Vaccination in Burma 1912-1922 - 1912-1922
Year: 1912
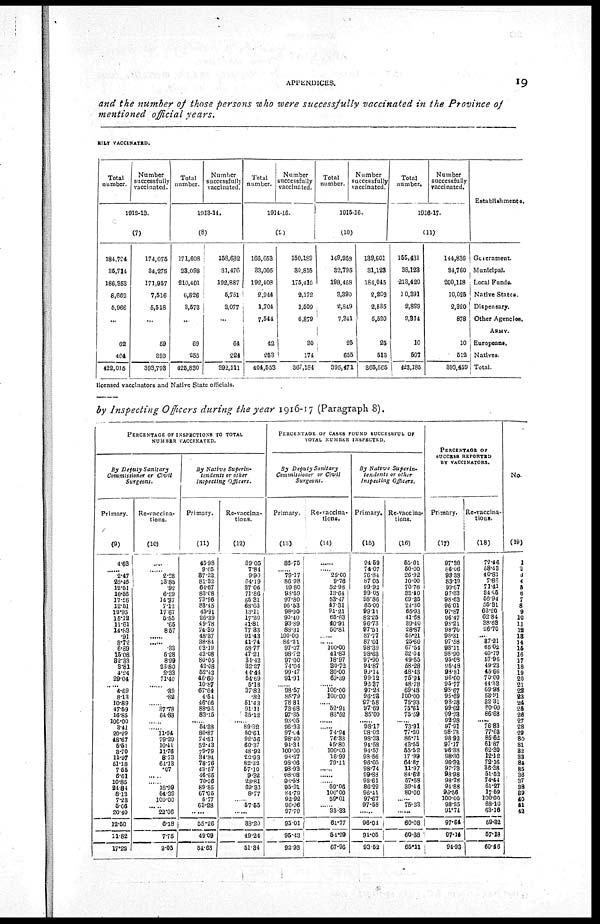
APPENDICES.
19
and the number of those persons who were successfully vaccinated in the Province of
mentioned official years.
RILY VACCINATED.
Total
number.
Number
successfully
vaccinated.
1912-13.
(7)
184,724
85,7114
186,353
8,662
5,966
...
62
464
422,015
174,075
384,275
171,957
7,516
5,518
...
59
393
393,793
Total
number.
Number
successfully
vaccinated.
1913-14.
(8)
171,608
33,098
210,401
6,826
3,573
...
69
255
425,830
158,632
31,476
192,887
5,751
3,077
...
64
224
392,111
Total
number.
Number
successfully
vaccinated.
1914-15.
(9)
166,653
33,005
192,408
2,944
1,704
7,544
42
253
404,553
150,189
30,815
175,416
2,172
1,509
6,879
30
174
367,184
Total
number.
Number
successfully
vaccinated.
1915-16.
(10)
149,958
32,795
198,458
3,390
2,849
7,341
25
655
395,471
139,601
31,123
184,045
2,203
2,535
5,520
25
513
365,565
Total
number.
Number
successfully
vaccinated.
1916-17.
(11)
155,431
38,123
213,420
10,391
2,899
2,314
10
597
423,185
144,836
34,760
200,118
10,025
2,320
878
10
512
393,459
Establishments.
Government.
Municipal.
Local Funds.
Native States.
Dispensary.
Other Agencies.
ARMY.
Europeans.
Natives.
Total.
licensed vaccinators and Native State officials.
by Inspecting Officers during the year 1916-17 (Paragraph 8).
PERCENTAGE OF INSPECTIONS TO TOTAL
NUMBER VACCINATED.
By Deputy Sanitary
Commissioner or Civil
Surgeons.
Primary.
(9)
4.63
...... 2.47
25.46
12.51
16.56
17.56
12.51
12.95
15.12
11.61
14.83
.91
3.72
6.89
15.08
32.33
3.81
4.24
29.04
...... 4.69
8.13
10.89
47.59
16.85
100.00
3.41
20.29
48.67
5.51
3.70
11.97
51.18
7.55
6.61
10.85
21.84
8.13
7.23
5.06
20.40
12.50
11.82
17.22
Re-vaccina-
tions.
(10)
......
...... 2.28
13.85
.92
6.29
14.37
7.12
17.67
5.55
.65
8.57
......
......
.33
5.28
8.99
23.80
2.33
71.40
......
.39
.82
...... 37.78
64.88
......
...... 11.94
79.29
10.41
11.76
8.73
64.13
.07
......
...... 18.99
54.39
100.00
...... 22.06
6.18
7.75
9.05
By Native Superin-
tendents or other
Inspecting Officers.
Primary.
(11)
45.98
9.05
37.22
81.32
64.67
83.08
73.96
83.45
45.91
26.39
49.78
74.39
48.37
38.84
63.19
43.08
80.05
42.08
52.43
46.60
10.87
67.64
4.54
46.66
88.96
83.15
...... 51.38
80.87
71.81
52.43
79.79
34.84
78.76
43.57
46.65
70.96
89.85
67.05
5.77
63.28
......
55.26
49.09
54.68
Re-vaccina-
tions.
(12)
89.05
7.84
9.90
64.19
87.06
71.86
55.31
63.63
13.11
17.20
41.81
77.83
91.43
41.74
58.77
47.21
34.12
32.27
44.44
54.69
5.18
37.82
.82
51.43
91.11
35.12
...... 89.32
50.61
92.56
60.37
48.92
22.93
82.32
57.10
9.32
23.81
69.33
8.77
...... 57.55
......
38.20
49.24
51.34
PERCENTAGE OF CASES FOUND SUCCESSFUL OF
TOTAL NUMBER INSPECTED.
By Deputy Sanitary
Commissioner or Civil
Surgeons.
Primary.
(13)
86.75
...... 79.17
86.98
99.80
98.59
97.80
96.53
98.90
90.40
93.89
88.31
100.00
86.21
97.07
98.72
97.00
74.04
99.47
91.91
...... 98.57
85.79
78.81
73.68
97.35
93.05
96.32
97.04
98.40
94.34
100.00
98.37
98.06
98.93
98.08
98.58
95.91
84.79
92.92
96.96
97.79
95.01
95.43
92.98
Re-vaccina¬
tions.
(14)
......
...... 25.00
9.76
52.98
13.64
53.47
47.31
91.21
65.63
40.91
50.81
...... ...... 100.00
41.83
18.97
30.72
30.00
69.39
...... 100.00
100.00
...... 52.94
83.52
......
...... 74.94
76.33
45.80
100.00
16.99
79.11
......
......
...... 59.06
100.00
59.01
...... 33.33
61.77
54.29
67.96
By Native
Superin-
tendents or other
Inspecting Officers.
Primary.
(15)
94.59
74.07
76.84
87.05
99.92
99.05
98.86
85.00
99.11
82.25
96.73
97.51
87.77
87.01
98.39
98.63
97.90
94.87
99.14
99.12
96.37
97.28
96.23
97.58
97.69
85.00
...... 98.17
98.02
98.33
94.58
94.57
98.56
96.05
98.74
99.83
98.61
86.29
96.41
97.67
97.58
......
96.04
94.05
93.52
Re-vaccina-
tions.
(16)
55.01
50.00
26.92
10.00
70.76
33.40
69.25
24.30
65.93
41.68
39.40
28.87
55.21
25.60
67.54
32.04
49.55
58.28
48.43
75.94
48.78
69.48
100.00
75.93
75.61
75.59
...... 73.91
77.20
86.71
43.55
55.52
17.99
64.87
11.97
84.62
57.58
39.44
80.00
...... 75.33
......
60.08
60.38
65.11
PERCENTAGE OF
SUCCESS REPORTED
BY VACCINATORS.
Primary.
(17)
97.98
86.06
98.38
83.19
99.67
97.33
98.63
96.01
97.87
96.47
98.21
98.70
98.31
97.58
98.11
98.90
95.08
95.48
98.81
96.00
95.77
98.67
95.69
98.18
99.02
99.23
92.98
97.91
98.73
98.92
97.17
96.38
98.30
96.32
97.73
98.98
98.78
94.88
96.56
100.00
98.25
91.74
97.64
97.14
94.93
Re-vaccina¬
tions.
(18)
72.46
58.43
40.81
7.86
71.41
34.05
56.94
55.31
62.20
62.84
38.63
26.70
... 37.21
65.02
40.79
57.96
49.23
45.66
70.00
44.33
69.98
53.91
32.31
80.00
86.68
...... 76.83
77.63
85.62
61.87
62.30
12.12
72.16
36.38
51.53
74.44
61.27
17.59
100.00
68.10
63.16
59.82
57.18
60.46
No.
(19)
1
2
3
4
5
6
7
8
9
10
11
12
13
14
15
16
17
18
19
20
21
22
23
24
25
26
27
28
29
30
31
32
33
34
35
36
37
38
39
40
41
42